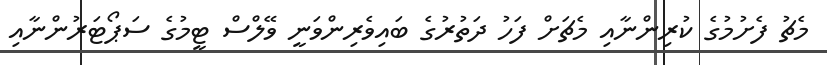
މެޗު ފެށުމުގެ ކުރިންނާއި މެޗަށް ފަހު ދަތުރުގެ ބައިވެރިންވަނީ ވޭލްސް ޓީމުގެ ސަޕޯޓަރުންނާއި